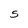
Character: S